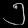
Digit: ၅